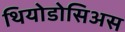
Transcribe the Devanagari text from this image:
थियोडोसिअस